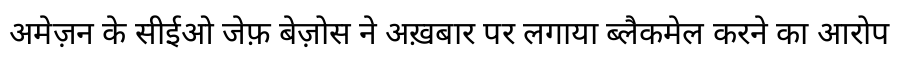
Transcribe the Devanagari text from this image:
अमेज़न के सीईओ जेफ़ बेज़ोस ने अख़बार पर लगाया ब्लैकमेल करने का आरोप